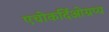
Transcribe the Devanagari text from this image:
एचोकर्दिओग्रप्य